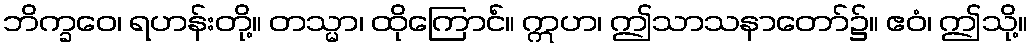
ဘိက္ခဝေ၊ ရဟန်းတို့။ တသ္မာ၊ ထိုကြောင်ံ။ ဣဟ၊ ဤသာသနာတော်၌။ ဧဝံ၊ ဤသို့။